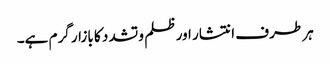
ہر طرف انتشار اور ظلم و تشدد کا بازار گرم ہے۔